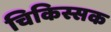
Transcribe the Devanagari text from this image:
चिकिस्सक